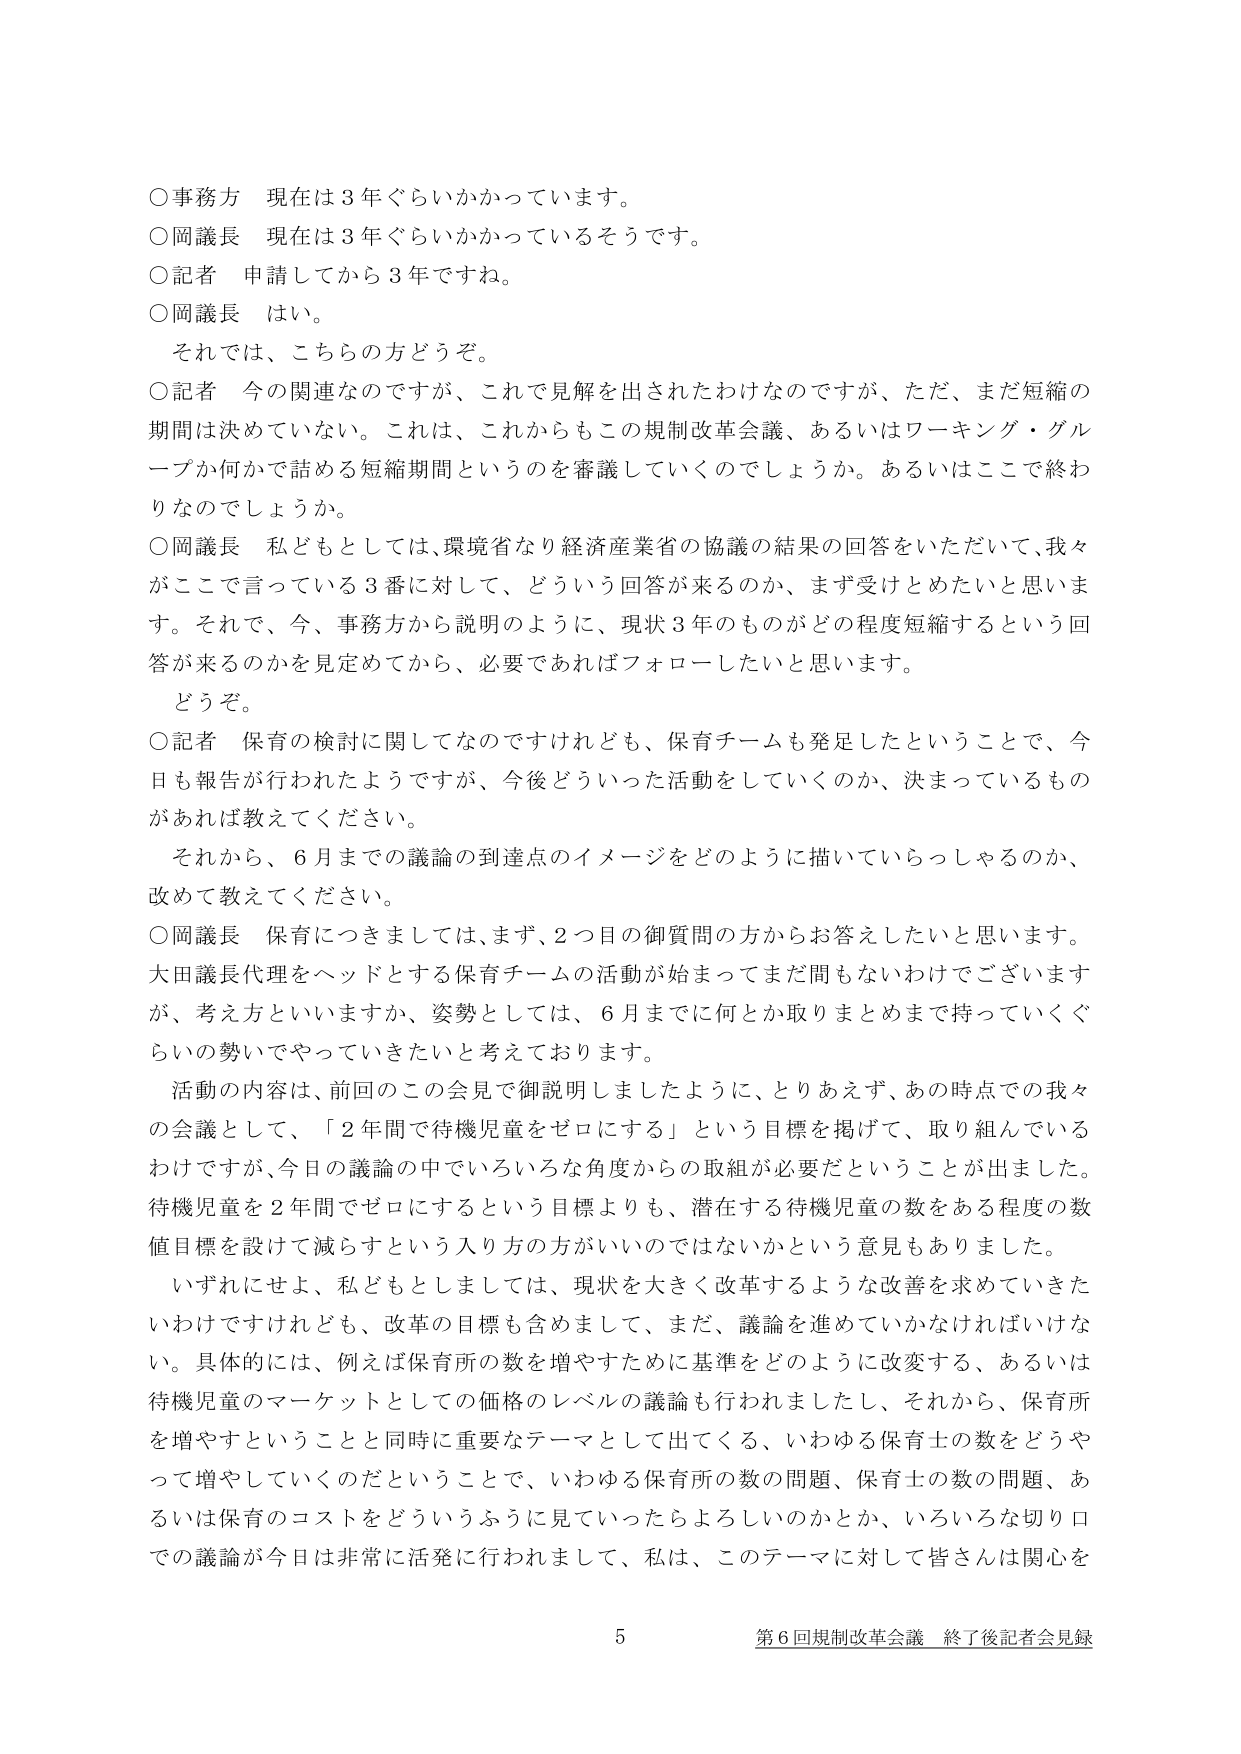
○事務方 現在は３年ぐらいかかっています。
○岡議長 現在は３年ぐらいかかっているそうです。
○記者 申請してから３年ですね。
○岡議長 はい。
　それでは、こちらの方どうぞ。
○記者 今の関連なのですが、これで見解を出されたわけなのですが、ただ、まだ短縮の期間は決めていない。これは、これからもこの規制改革会議、あるいはワーキング・グループか何かで詰める短縮期間というのを審議していくのでしょうか。あるいはここで終わりなのでしょうか。
○岡議長 私どもとしては、環境省なり経済産業省の協議の結果の回答をいただいて、我々がここで言っている３番に対して、どういう回答が来るのか、まず受けとめたいと思います。それで、今、事務方から説明のように、現状３年のものがどの程度短縮するという回答が来るのかを見定めてから、必要であればフォローしたいと思います。
　どうぞ。
○記者 保育の検討に関してなのですがけれども、保育チームも発足したということで、今日も報告が行われたようですが、今後どういった活動をしていくのか、決まっているものがあれば教えてください。
　それから、６月までの議論の到達点のイメージをどのように描いていらっしゃるのか、改めて教えてください。
○岡議長 保育につきましては、まず、２つ目の御質問の方からお答えしたいと思います。大田議長代理をヘッドとする保育チームの活動が始まってまだ間もないわけでございますが、考え方といいますか、姿勢としては、６月までに何とか取りまとめまで持って行くぐらいの勢いでやっていきたいと考えております。
　活動の内容は、前回のこの会見で御説明しましたように、とりあえず、あの時点での我々の会議として、「２年間で待機児童をゼロにする」という目標を掲げて、取り組んでいるわけですが、今日の議論の中でいろいろな角度からの取組が必要だということが出ました。待機児童を２年間でゼロにするという目標よりも、潜在する待機児童の数をある程度の数値目標を設けて減らすという入り方がいいのではないかという意見もありました。
　いずれにせよ、私どもとしましては、現状を大きく改革するような改善を求めていきたいわけですがけれども、改革の目標も含めまして、まだ、議論を進めていかなければいけない。具体的には、例えば保育所の数を増やすために基準をどのように改善する、あるいは待機児童のマーケットとしての価格のレベルの議論も行われましたし、それから、保育所を増やすということと同時に重要なテーマとして出てくる、いわゆる保育士の数をどうやって増やしていくのだということで、いわゆる保育所の数の問題、保育士の数の問題、あるいは保育のコストをどういうふうに見ていったらよろしいのかとか、いろいろな切り口での議論が今日は非常に活発に行われまして、私は、このテーマに対して皆さんは関心を

5 第６回規制改革会議 終了後記者会見録